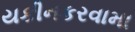
યકીનકરવામા